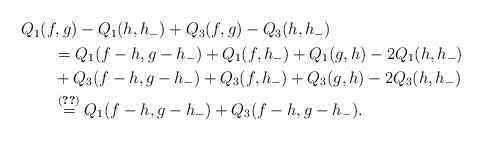
LaTeX: \begin{align*}\begin{aligned}&Q_{1}(f,g)- Q_{1}(h,h_{-}) +Q_{3}(f,g)- Q_{3}(h,h_{-})\\&\qquad=Q_{1}(f-h,g-h_{-}) + Q_{1}(f,h_{-}) + Q_{1}(g,h) - 2Q_{1}(h,h_{-})\\&\qquad+Q_{3}(f-h,g-h_{-}) + Q_{3}(f,h_{-}) + Q_{3}(g,h) - 2Q_{3}(h,h_{-})\\&\qquad\stackrel{\eqref{qeq}}{=} Q_{1}(f-h,g-h_{-})+ Q_{3}(f-h,g-h_{-}).\end{aligned}\end{align*}